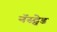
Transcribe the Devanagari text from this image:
नॅस्ट्वेड